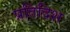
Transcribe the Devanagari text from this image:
प्रतिदिश